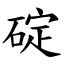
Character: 碇